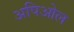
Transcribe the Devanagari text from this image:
अपिओल